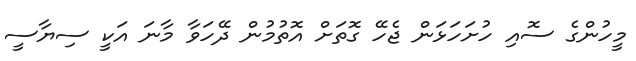
މީހުންގެ ސޮއި ހުށަހަޅަން ޖެހޭ ގޮތަށް އޮތުމުން ދޭހަވާ މާނަ އަކީ ސިޔާސީ